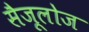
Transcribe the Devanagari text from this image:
सैजूलोज